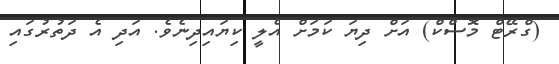
(ގްރޭޓް މޮސްކް) އަށް ދިޔަ ކަމަށް އެލީ ކިޔައިދިނެވެ. އަދި އެ ދަތުރުގައި